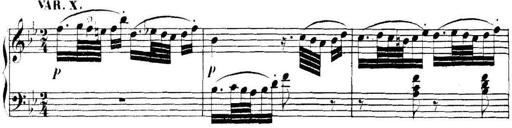
Title: Collected Piano Sonatas
Composer: Muzio Clementi